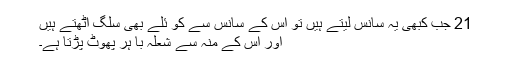
21 جب کبھی یہ سانس لیتے ہیں تو اس کے سانس سے کو ئلے بھی سُلگ اٹھتے ہیں
اور اس کے منہ سے شعلہ با ہر پھوٹ پڑتا ہے۔